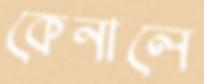
কেনালে